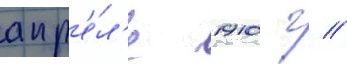
апр'е́л'е 1910 г //